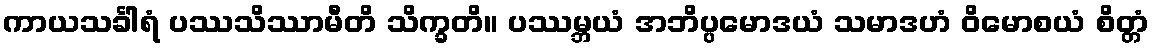
ကာယသင်္ခါရံ ပဿသိဿာမီတိ သိက္ခတိ။ ပဿမ္ဘယံ အဘိပ္ပမောဒယံ သမာဒဟံ ဝိမောစယံ စိတ္တံ